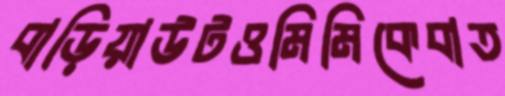
বাড়িয়াউটওমিমিকেবাত